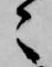
々